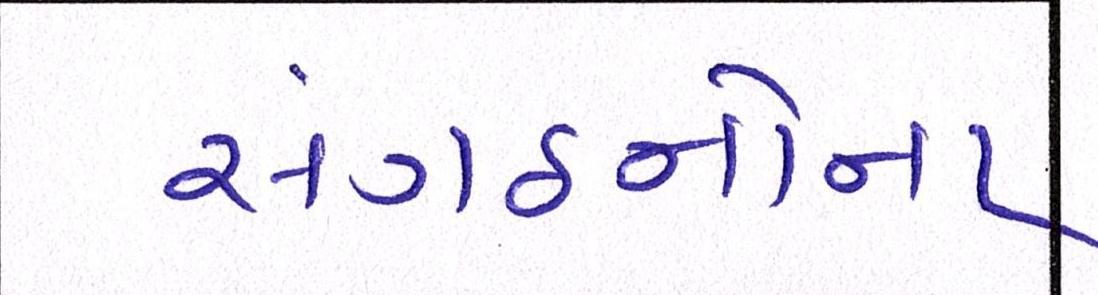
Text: સંગઠનોના